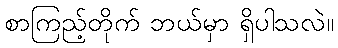
စာကြည့်တိုက် ဘယ်မှာ ရှိပါသလဲ။